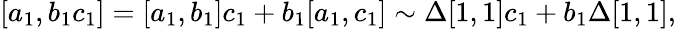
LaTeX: \left[a_{1},b_{1}c_{1}\right]=[a_{1},b_{1}]c_{1}+b_{1}[a_{1},c_{1}]\sim\Delta[1,1]c_{1}+b_{1}\Delta[1,1],